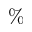
\%